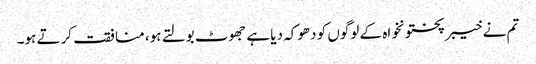
تم نے خیبرپختونخواہ کے لوگوں کو دھوکہ دیا ہے جھوٹ بولتے ہو، منافقت کرتے ہو۔